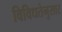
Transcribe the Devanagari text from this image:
विविधतेनुसार